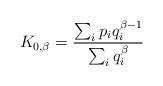
LaTeX: \begin{align*} K_{0,\beta}=\frac{\sum_{i}p_{i}q^{\beta-1}_{i}}{\sum_{i}q^{\beta}_{i}} \end{align*}